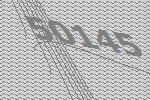
50145